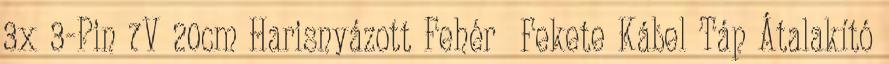
3x 3-Pin 7V 20cm Harisnyázott Fehér Fekete Kábel Táp Átalakító